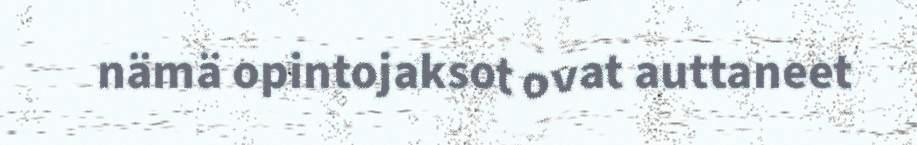
nämä opintojaksot ovat auttaneet